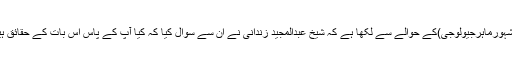
شیخ محمدبن صالح المنجد نے پروفیسر فرید کرونیر(مشہورماہرجیولوجی)کے حوالے سے لکھا ہے کہ شیخ عبدالمجید زندانی نے ان سے سوال کیا کہ کیا آپ کے پاس اس بات کے حقائق ہیں کہ جزیرۃ العرب میں پہلے باغات اور نہریں تھیں؟